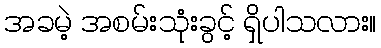
အခမဲ့ အစမ်းသုံးခွင့် ရှိပါသလား။